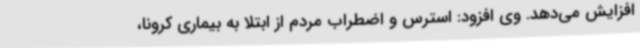
افزایش می‌دهد. وی افزود: استرس و اضطراب مردم از ابتلا به بیماری کرونا،